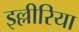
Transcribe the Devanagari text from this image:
इल्लीरिया